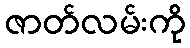
ဇာတ်လမ်းကို